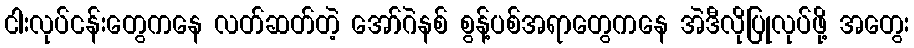
ငါးလုပ်ငန်းတွေကနေ လတ်ဆတ်တဲ့ အော်ဂဲနစ် စွန့်ပစ်အရာတွေကနေ အဲဒီလိုပြုလုပ်ဖို့ အတွေး